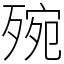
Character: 㱧